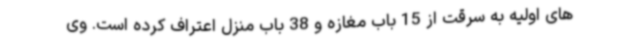
های اولیه به سرقت از 15 باب مغازه و 38 باب منزل اعتراف کرده است. وی